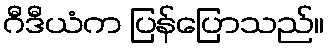
ဂီဒီယံက ပြန်ပြောသည်။